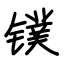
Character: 镤